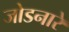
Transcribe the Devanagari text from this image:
जोडनारे